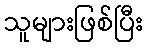
သူများဖြစ်ပြီး